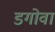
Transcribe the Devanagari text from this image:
डगोवा